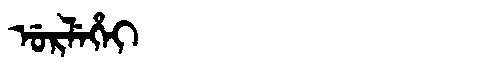
Manchu: ᡠᡵᠯᡝᡥᡝᡳ
Romanization: URLEHEI